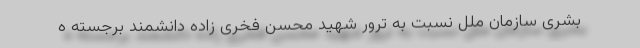
بشری سازمان ملل نسبت به ترور شهید محسن فخری زاده دانشمند برجسته ه